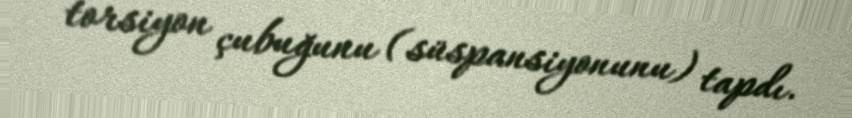
torsiyon çubuğunu (süspansiyonunu) tapdı.